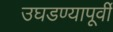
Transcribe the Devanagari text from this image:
उघडण्यापूर्वी